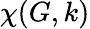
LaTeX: \chi(G,k)